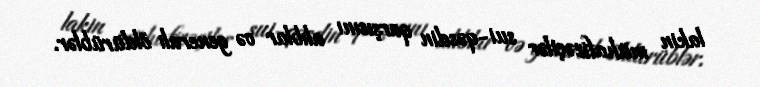
lakin mühafizəçilər sui-qəsdin qarşısını alıblar və generalı öldürüblər.